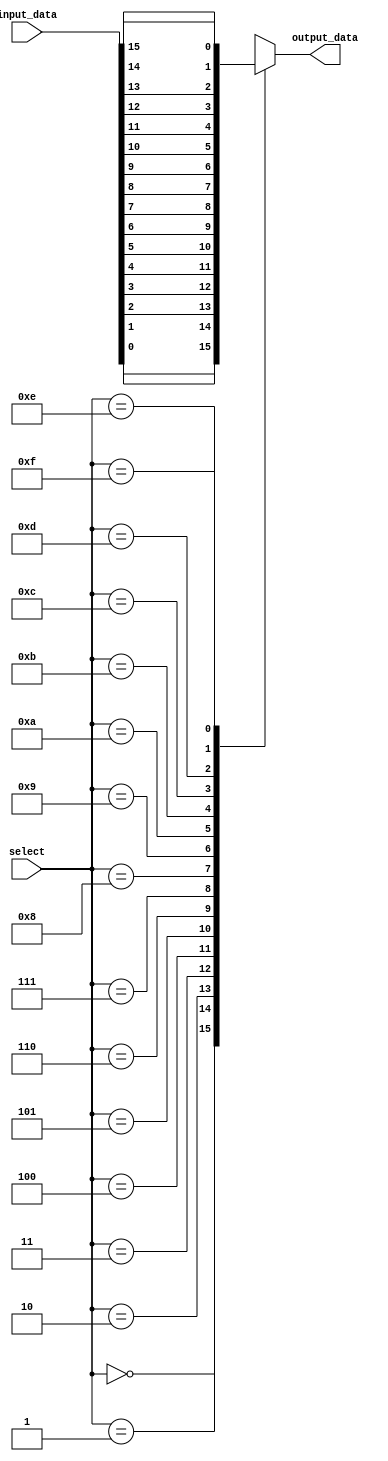
module multiplexer_16to1 (
    input [15:0] input_data,
    input [3:0] select,
    output reg output_data
);

always @ (*) begin
    case (select)
        4'd0: output_data <= input_data[0];
        4'd1: output_data <= input_data[1];
        4'd2: output_data <= input_data[2];
        4'd3: output_data <= input_data[3];
        4'd4: output_data <= input_data[4];
        4'd5: output_data <= input_data[5];
        4'd6: output_data <= input_data[6];
        4'd7: output_data <= input_data[7];
        4'd8: output_data <= input_data[8];
        4'd9: output_data <= input_data[9];
        4'd10: output_data <= input_data[10];
        4'd11: output_data <= input_data[11];
        4'd12: output_data <= input_data[12];
        4'd13: output_data <= input_data[13];
        4'd14: output_data <= input_data[14];
        4'd15: output_data <= input_data[15];
    endcase
end

endmodule